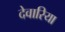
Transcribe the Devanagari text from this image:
देवारिया